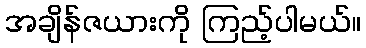
အချိန်ဇယားကို ကြည့်ပါမယ်။